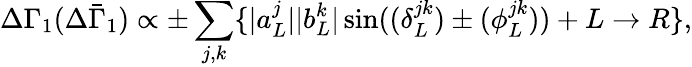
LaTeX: \Delta\Gamma_{1}(\Delta{\bar{\Gamma}_{1}})\propto\pm\displaystyle\sum_{j,k}\{ \displaystyle|a_{L}^{j}||b_{L}^{k}|\sin(\displaystyle(\delta_{L}^{jk})\pm(\phi_{L}^{jk}))+L\to R\} ,